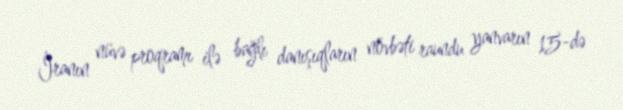
İranın nüvə proqramı ilə bağlı danışıqların növbəti raundu yanvarın 15-də